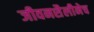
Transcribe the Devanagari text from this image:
जीवनशैलीनेच